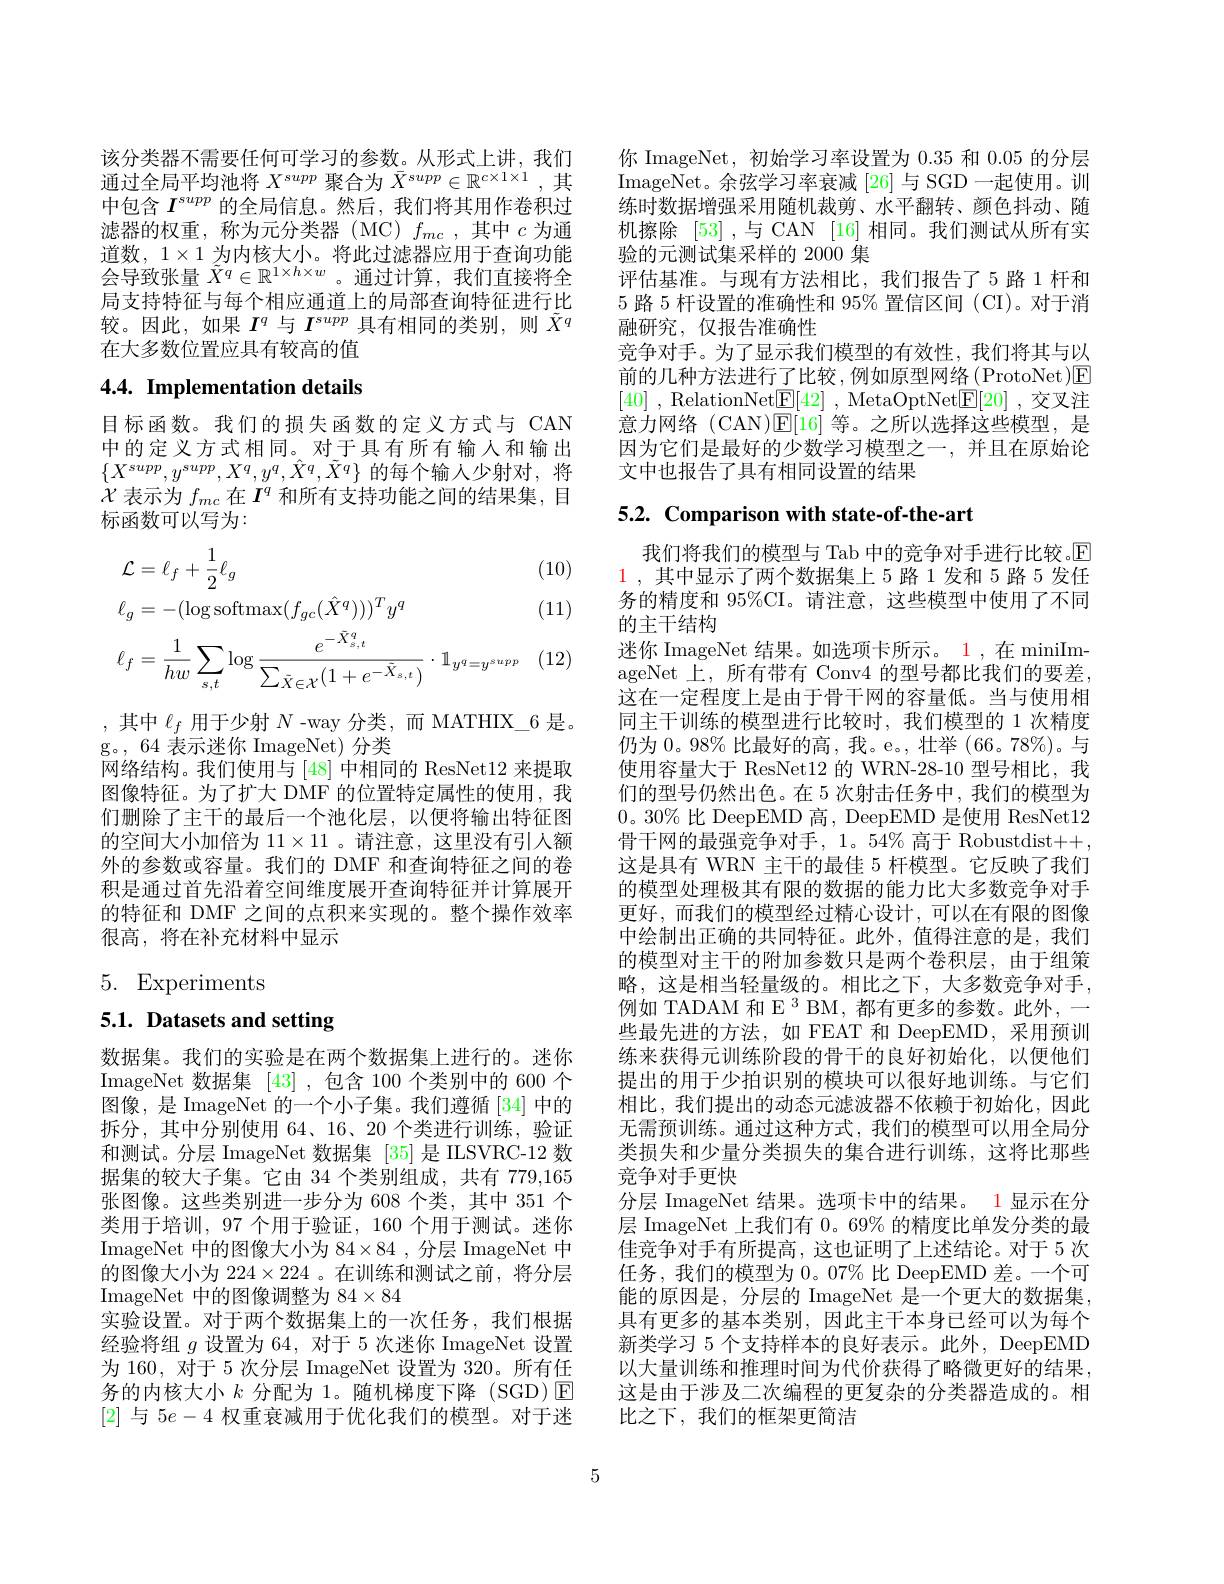
该分类器不需要任何可学习的参数。从形式上讲，我们通过全局平均池将$X^{supp}$聚合为$\bar{X}^{supp}\in\mathbb{R}^{c\times1\times1}$,其中包含$I^{supp}$的全局信息。然后，我们将其用作卷积过滤器的权重，称为元分类器(MC)$f_mc$,其中$c$为通道数，$1\times1$为内核大小。将此过滤器应用于查询功能会导致张量$\tilde{X}^q\in\mathbb{R}^{1\times h\times w}$ 。通过计算，我们直接将全局支持特征与每个相应通道上的局部查询特征进行比较。因此，如果$I^q$与$I^{supp}$具有相同的类别，则$\tilde{X}^q$ 在大多数位置应具有较高的值

# 4.4. Implementation details

目标函数。我们的损失函数的定义方式与 CAN 中的定义方式相同。对于具有所有输入和输出$\{X^{supp},y^{supp},X^{q},y^{q},\hat{X}^{q},\tilde{X}^{q}\}$的每个输人少射对，将$\dot{\chi}$表示为$f_{mc}$在$I^q$和所有支持功能之间的结果集，目标函数可以写为：

(10)

(11)
$$\begin{aligned}&\mathcal{L}=\ell_{f}+\frac{1}{2}\ell_{g}\\&\ell_{g}=-(\log\mathrm{softmax}(f_{gc}(\hat{X}^{q})))^{T}y^{q}\\&\ell_{f}=\frac{1}{hw}\sum_{s,t}\log\frac{e^{-\tilde{X}_{s,t}^{q}}}{\sum_{\tilde{X}\in\mathcal{X}}(1+e^{-\tilde{X}_{s,t}})}\cdot\mathbb{1}_{y^{q}=y^{supp}}\end{aligned}$$
, 其中 $\ell_f$ 用于少射 $N$ -way 分类，而 MATHIX\_6 是。
g。, 64 表示迷你 ImageNet) 分类
网络结构。我们使用与[48]中相同的 ResNet12 来提取图像特征。为了扩大 DMF 的位置特定属性的使用，我们删除了主干的最后一个池化层，以便将输出特征图的空间大小加倍为$11\times11$ 。请注意，这里没有引人额外的参数或容量。我们的 DMF 和查询特征之间的卷积是通过首先沿着空间维度展开查询特征并计算展开的特征和 DMF 之间的点积来实现的。整个操作效率很高，将在补充材料中显示

5. Experiments

5.1. Datasets and setting

数据集。我们的实验是在两个数据集上进行的。迷你ImageNet 数据集[43] ,包含 100 个类别中的 600 个图像，是 ImageNet 的一个小子集。我们遵循[34] 中的拆分，其中分别使用 64、16、20 个类进行训练，验证和测试。分层 ImageNet 数据集 [35] 是 ILSVRC-12 数据集的较大子集。它由 34 个类别组成，共有 779,165张图像。这些类别进一步分为 608 个类，其中 351 个类用于培训，97 个用于验证，160 个用于测试。迷你ImageNet 中的图像大小为 84×84 ,分层 ImageNet 中的图像大小为$224\times224$ 。在训练和测试之前，将分层ImageNet 中的图像调整为$84\times84$
实验设置。对于两个数据集上的一次任务，我们根据经验将组$g$设置为 64, 对于 5 次迷你 ImageNet 设置为 160, 对于 5 次分层 ImageNet 设置为 320。所有任务的内核大小$k$分配为 1。随机梯度下降(SGD)☑ [2]与$5e-4$权重衰减用于优化我们的模型。对于迷

你 ImageNet, 初始学习率设置为0.35和0.05的分层ImageNet。余弦学习率衰减[26]与 SGD 一起使用。训练时数据增强采用随机裁剪、水平翻转、颜色抖动、随机擦除[53] ,与 CAN [16] 相同。我们测试从所有实验的元测试集采样的 2000 集
评估基准。与现有方法相比，我们报告了5 路 1 杆和5路 5 杆设置的准确性和 95% 置信区间 (CI)。对于消融研究，仅报告准确性
竞争对手。为了显示我们模型的有效性，我们将其与以前的几种方法进行了比较，例如原型网络(ProtoNet)E [40] , RelationNet$\underline {\mathrm{E} }[ 42]$ , MetaOptNet$\underline {\mathrm{E} }[ 20]$ , 交叉注意力网络 (CAN)$\mathbb{E}[16]$等。之所以选择这些模型，是因为它们是最好的少数学习模型之一，并且在原始论文中也报告了具有相同设置的结果

# 5.2. Comparison with state-of-the-art

我们将我们的模型与 Tab 中的竞争对手进行比较。$\mathbb{E}$ 1,其中显示了两个数据集上 5 路 1 发和 5 路 5 发任务的精度和 95%CI。请注意，这些模型中使用了不同的主干结构
迷你 ImageNet 结果。如选项卡所示。1,在 miniImageNet 上，所有带有 Conv4 的型号都比我们的要差， 这在一定程度上是由于骨干网的容量低。当与使用相同主干训练的模型进行比较时，我们模型的 1 次精度仍为0。98% 比最好的高，我。e。, 壮举 (66。78%)。与使用容量大于 ResNet12 的 WRN-28-10 型号相比，我们的型号仍然出色。在 5 次射击任务中，我们的模型为0。30% 比 DeepEMD 高，DeepEMD 是使用 ResNet12骨干网的最强竞争对手，1。54% 高于 Robustdist++, 这是具有 WRN 主干的最佳 5 杆模型。它反映了我们的模型处理极其有限的数据的能力比大多数竞争对手更好，而我们的模型经过精心设计，可以在有限的图像中绘制出正确的共同特征。此外，值得注意的是，我们的模型对主干的附加参数只是两个卷积层，由于组策略，这是相当轻量级的。相比之下，大多数竞争对手， 例如 TADAM 和 E 3 BM, 都有更多的参数。此外，一些最先进的方法，如 FEAT 和 DeepEMD,采用预训练来获得元训练阶段的骨干的良好初始化，以便他们提出的用于少拍识别的模块可以很好地训练。与它们相比，我们提出的动态元滤波器不依赖于初始化，因此无需预训练。通过这种方式，我们的模型可以用全局分类损失和少量分类损失的集合进行训练，这将比那些竞争对手更快
分层 ImageNet 结果。选项卡中的结果。1 显示在分层 ImageNet 上我们有 0。69% 的精度比单发分类的最佳竞争对手有所提高，这也证明了上述结论。对于 5 次任务，我们的模型为0。07% 比 DeepEMD 差。一个可能的原因是，分层的 ImageNet 是一个更大的数据集具有更多的基本类别，因此主干本身已经可以为每个新类学习 5 个支持样本的良好表示。此外，DeepEMD 以大量训练和推理时间为代价获得了略微更好的结果， 这是由于涉及二次编程的更复杂的分类器造成的。相比之下，我们的框架更简洁

5